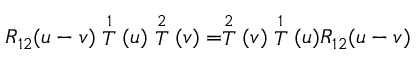
R _ { 1 2 } ( u - v ) \stackrel { 1 } { T } ( u ) \stackrel { 2 } { T } ( v ) = \stackrel { 2 } { T } ( v ) \stackrel { 1 } { T } ( u ) R _ { 1 2 } ( u - v )